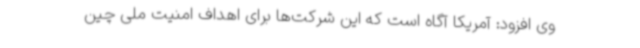
وی افزود: آمریکا آگاه است که این شرکت‌ها برای اهداف امنیت ملی چین